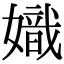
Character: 嬂